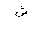
Letter: _shin